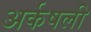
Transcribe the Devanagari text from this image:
अर्कषली